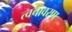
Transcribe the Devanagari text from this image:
त्वचावरण